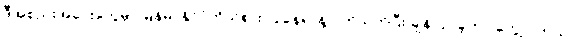
ဒီအစည်းအဝေးတွေမှာ မြန်မာနိုင်ငံကိုယ်စား ပြုနေရာနဲ့ ပတ်သက်ပြီး ချန်လှပ်ခဲ့တာ တွေ့ပါတယ်။